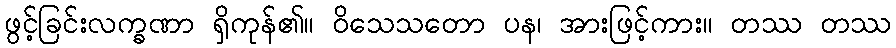
ဖွင့်ခြင်းလက္ခဏာ ရှိကုန်၏။ ဝိသေသတော ပန၊ အားဖြင့်ကား။ တဿ တဿ